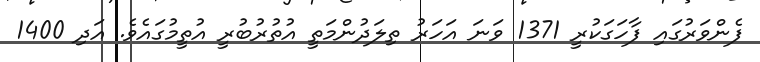
ފެންވަރުގައި ފާހަގަކުރީ 1371 ވަނަ އަހަރު ތިލަދުންމަތީ އުތުރުބުރީ އުތީމުގައެވެ. އަދި 1400